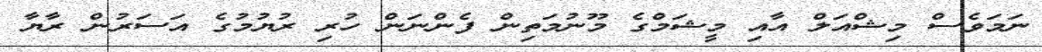
ނަމަވެސް މިޝްއަލް އާއި މީޝަމްގެ މޫނުމަތިން ފެންނަން ހުރި ރުޔުމުގެ އަސަރުން ރާޔާ